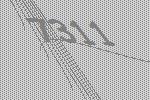
7311